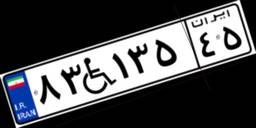
۸۹W۴۹۵۰۱